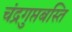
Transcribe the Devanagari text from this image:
चंद्रगुप्तबस्ति